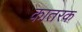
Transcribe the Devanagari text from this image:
कातरक